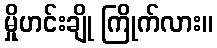
မှိုဟင်းချို ကြိုက်လား။